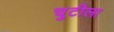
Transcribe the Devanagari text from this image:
चुटीला